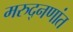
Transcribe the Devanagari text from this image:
मरुद्नणांत